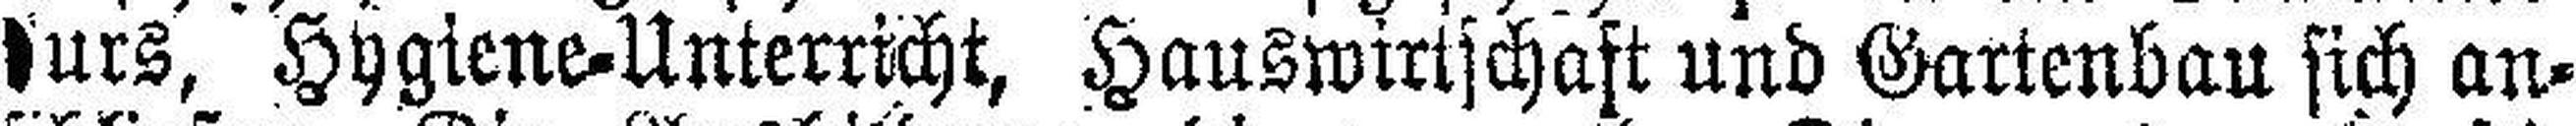
###urs, Hygiene-Unterricht, Hauswirtschaft und Gartenbau sich an¬